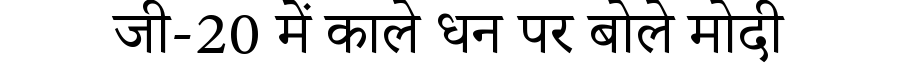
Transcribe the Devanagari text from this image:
जी-20 में काले धन पर बोले मोदी